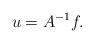
\begin{align*}u=A^{-1}f.\end{align*}